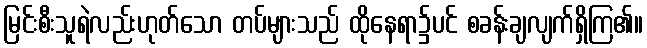
မြင်းစီးသူရဲလည်းဟုတ်သော တပ်များသည် ထိုနေရာ၌ပင် စခန်းချလျက်ရှိကြ၏။